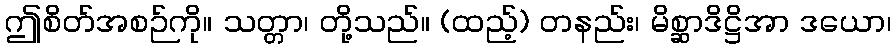
ဤစိတ်အစဉ်ကို။ သတ္တာ၊ တို့သည်။ (ထည့်) တနည်း၊ မိစ္ဆာဒိဋ္ဌိအာ ဒယော၊